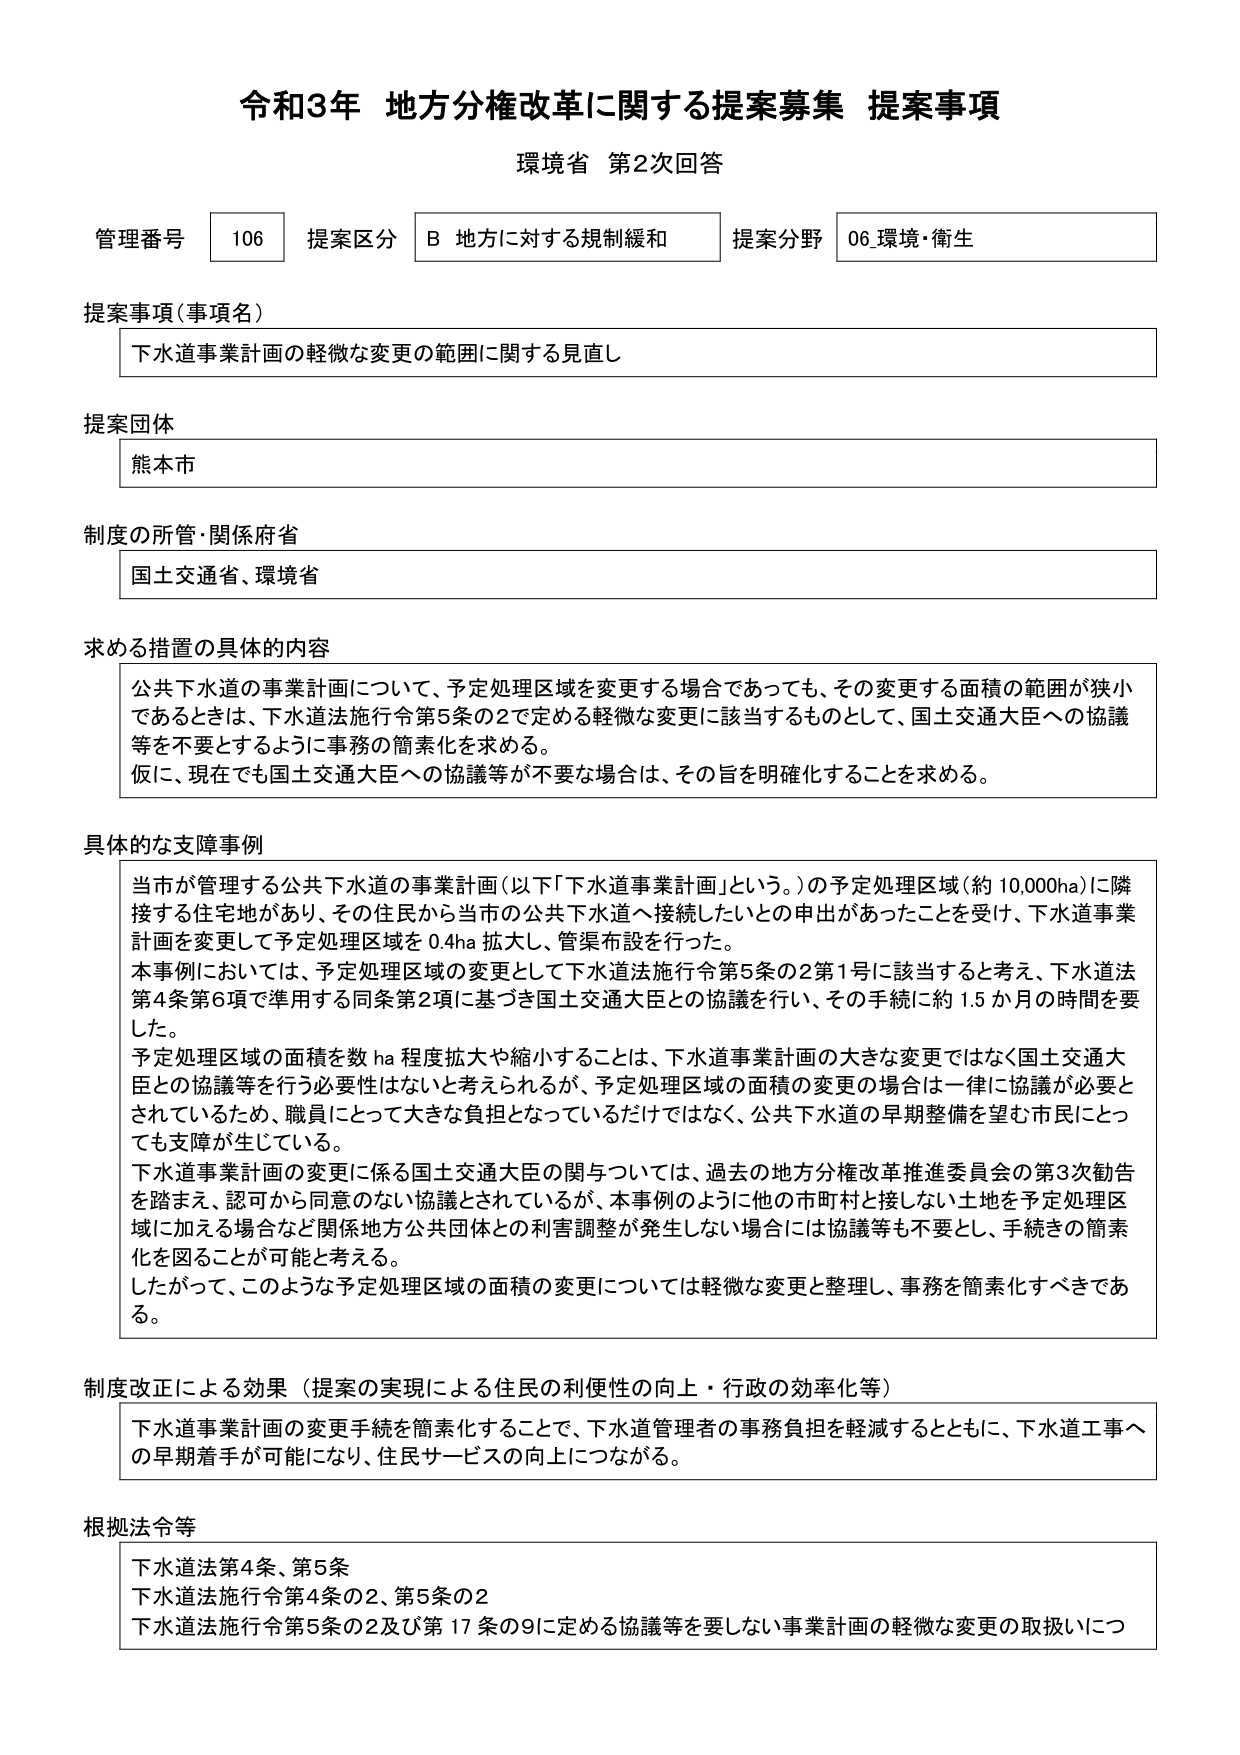
令和3年 地方分権改革に関する提案募集 提案事項
環境省 第2次回答

管理番号 106 提案区分 B 地方に対する規制緩和 提案分野 06 環境・衛生

提案事項（事項名）
下水道事業計画の軽微な変更の範囲に関する見直し

提案団体
熊本市

制度の所管・関係府省
国土交通省、環境省

求める措置の具体的な内容
公共下水道の事業計画について、予定処理区域を変更する場合であっても、その変更する面積の範囲が狭小であるときは、下水道法施行令第5条の2で定める軽微な変更に該当するものとして、国土交通大臣への協議等を不要とするように事務の簡素化を求める。
仮に、現在でも国土交通大臣への協議等が不要な場合は、その旨を明確化することを求める。

具体的な支障事例
当市が管理する公共下水道の事業計画（以下「下水道事業計画」という。）の予定処理区域（約10,000ha）に隣接する住宅地があり、その住民から当市の公共下水道へ接続したいとの申出があったことを受け、下水道事業計画を変更して予定処理区域を0.4ha拡大し、管渠布設を行った。
本事例においては、予定処理区域の変更として下水道法施行令第5条の2第1号に該当すると考え、下水道法第4条第6項で準用する同条第2項に基づき国土交通大臣との協議を行い、その手続に約1.5か月の時間を要した。
予定処理区域の面積を数ha程度拡大や縮小することは、下水道事業計画の大きな変更ではなく国土交通大臣との協議等を行う必要性はないと考えられるが、予定処理区域の面積の変更の場合は一律に協議が必要とされているため、職員にとって大きな負担となっているだけではなく、公共下水道の早期整備を望む市民にとっても支障が生じている。
下水道事業計画の変更に係る国土交通大臣の関与については、過去の地方分権改革推進委員会の第3次勧告を踏まえ、認可から同意のない協議とされているが、本事例のように他の市町村と接しない土地を予定処理区域に加える場合など関係地方公共団体との利害調整が発生しない場合には協議等も不要とし、手続きの簡素化を図ることが可能と考える。
したがって、このような予定処理区域の面積の変更については軽微な変更と整理し、事務を簡素化すべきである。

制度改正による効果（提案の実現による住民の利便性の向上・行政の効率化等）
下水道事業計画の変更手続を簡素化することで、下水道管理者の事務負担を軽減するとともに、下水道工事への早期着手が可能になり、住民サービスの向上につながる。

根拠法令等
下水道法第4条、第5条
下水道法施行令第4条の2、第5条の2
下水道法施行令第5条の2及び第17条の9に定める協議等を要しない事業計画の軽微な変更の取扱いにつ